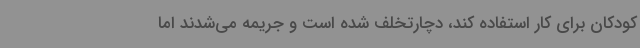
کودکان برای کار استفاده کند، دچارتخلف شده است و جریمه می‌شدند اما